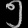
Digit: ၅